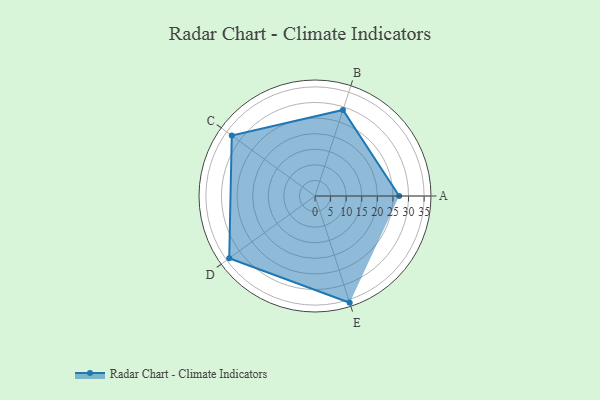
{"axis": {"x": "Skill", "y": "Score"}, "legend": ["Profile"], "data": [{"x": "A", "y": 27.0, "type": "Profile"}, {"x": "B", "y": 29.0, "type": "Profile"}, {"x": "C", "y": 33.0, "type": "Profile"}, {"x": "D", "y": 34.0, "type": "Profile"}, {"x": "E", "y": 36.0, "type": "Profile"}]}